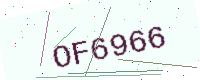
Text: OF6966